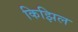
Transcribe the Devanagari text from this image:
किझिल